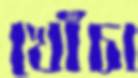
খোঁচা